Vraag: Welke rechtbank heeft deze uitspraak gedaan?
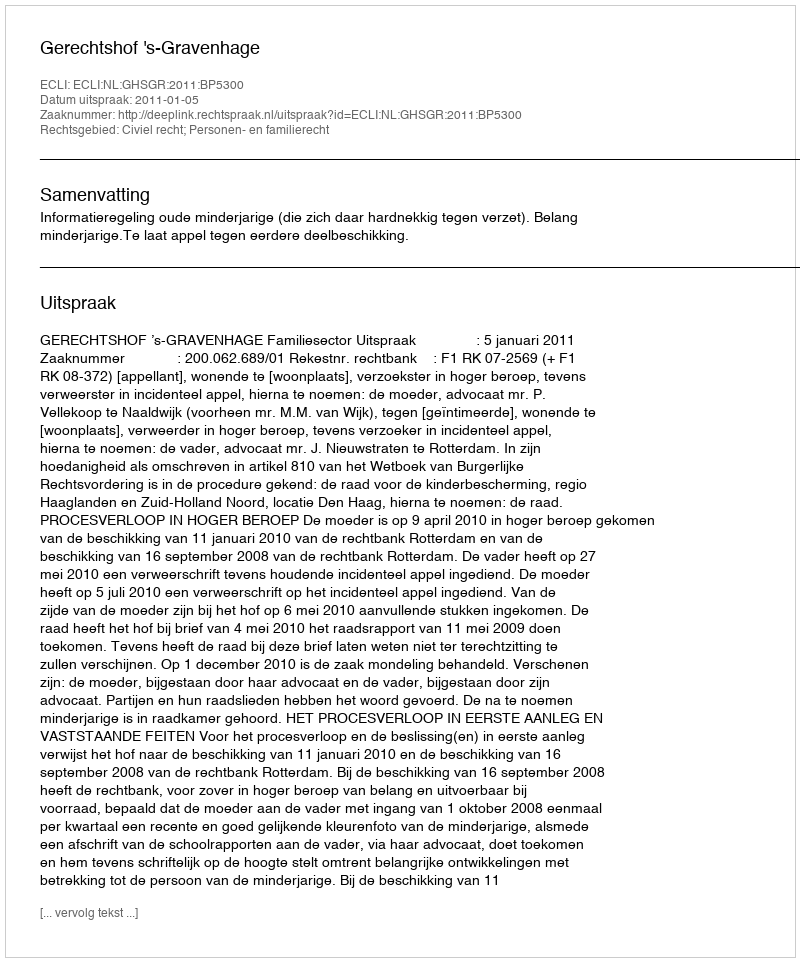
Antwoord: Gerechtshof 's-Gravenhage